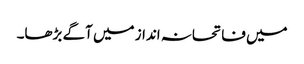
میں فاتحانہ انداز میں آگے بڑھا۔